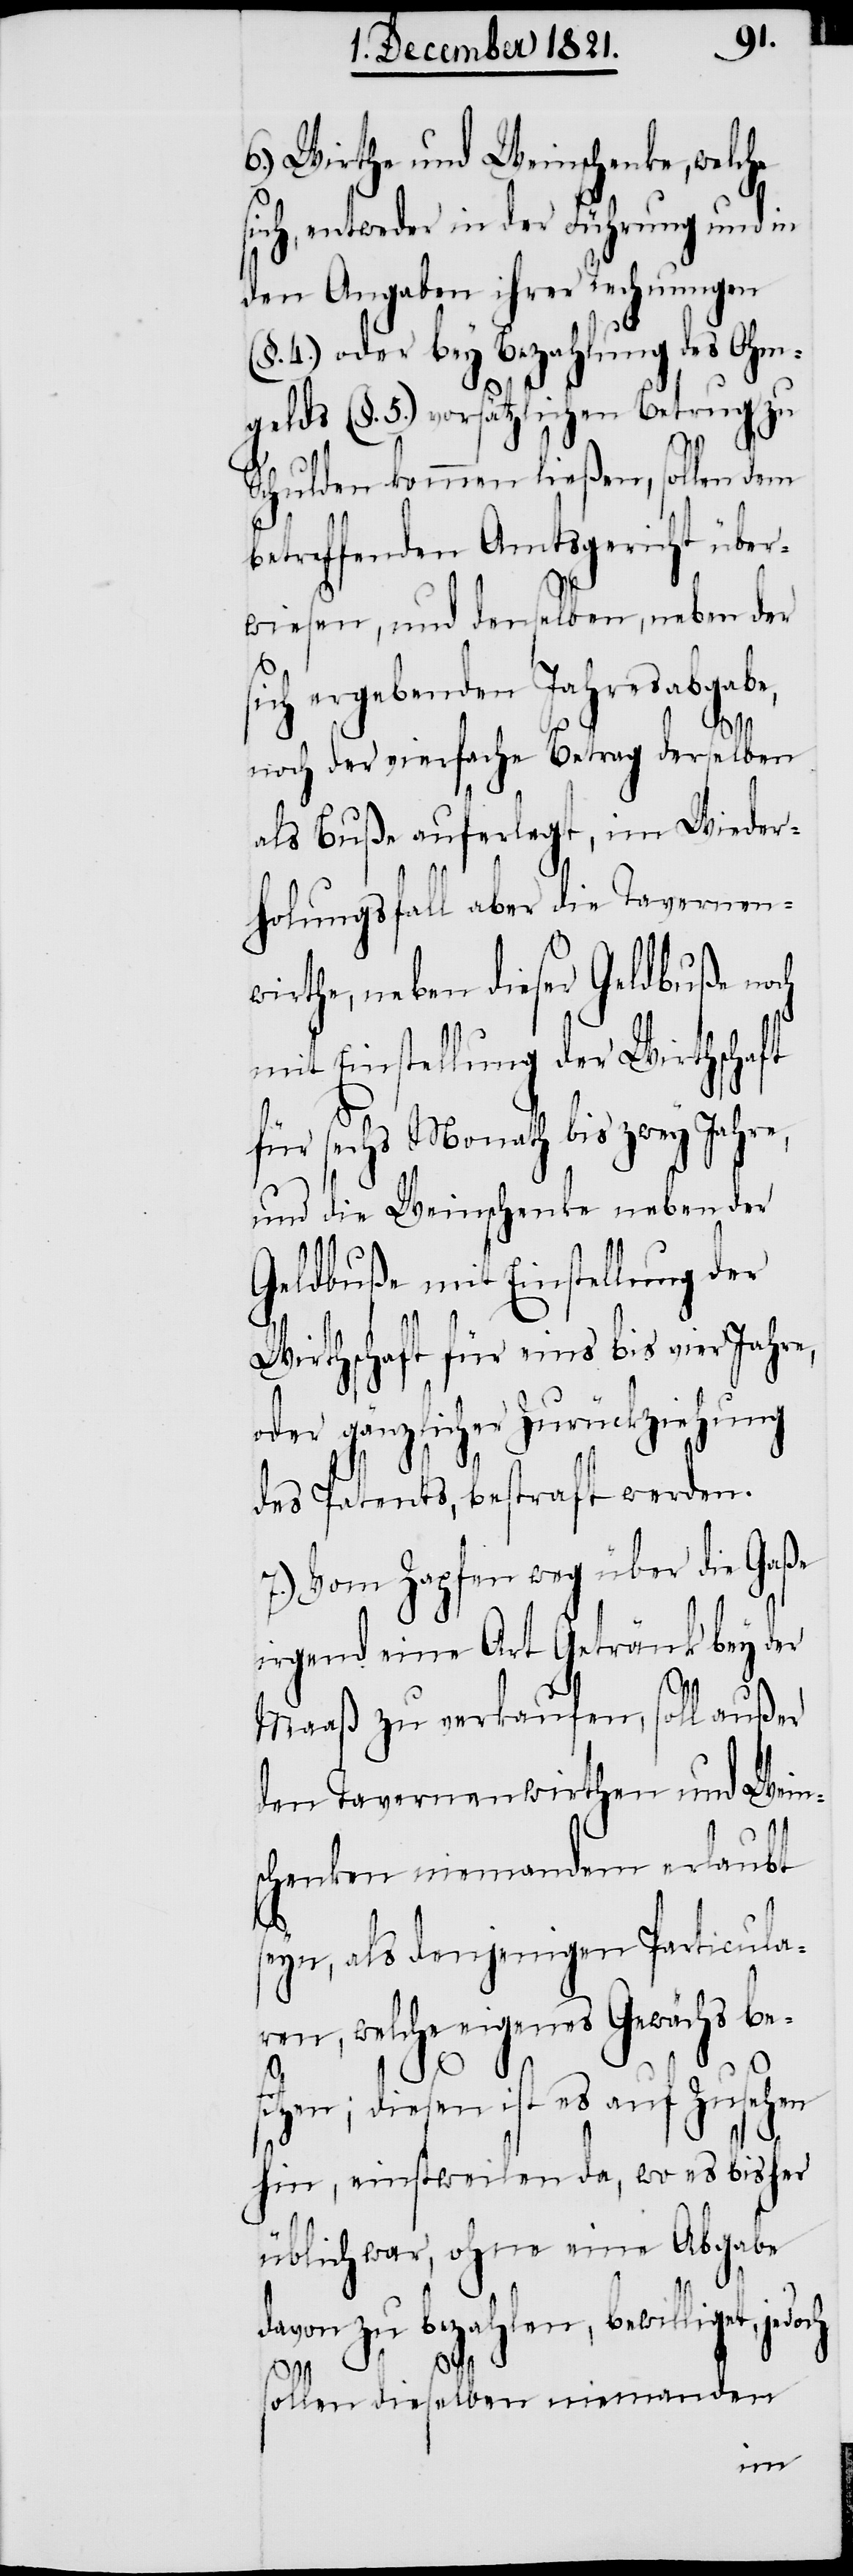
6.) Wirthe und Weinschenke, welche
sich, entweder in der Führung und in
den Angaben ihrer Rechnungen
(§. 4) oder bey Bezahlung des Ohm¬
gelds (§. 5) vorsätzlichen Betrug zu
Schulden kommen ließen, sollen dem
betreffenden Amtsgericht über¬
wiesen, und denselben, neben der
sich ergebenden Jahresabgabe,
noch der vierfache Betrag derselben
als Buße auferlegt, im Wieder¬
holungsfall aber die Tavernen¬
wirthe, neben dieser Geldbuße no¬
mit Einstellung der Wirthschaft
für sechs Monathe bis zwey Jahre,
und die Weinschenke neben der
Geldbuße mit Einstellung der
Wirthschaft für eins bis vier Jahr¬
oder gänzlicher Zurückziehung
des Patents, bestraft werden.
7.) Vom Zapfen weg über die Gaße
irgend eine Art Getränk bey der
Maaß zu verkaufen, soll außer
den Tavernenwirthen und Weins¬
chenken niemandem erlaubt
seyn, als denjenigen Particula¬
ren, welche eigenes Gewächs bes¬
ch
itzen; diesen ist es auf Zusehen
hin, einstweilen da, wo es bisher
üblich war, ohne eine Abgabe
davon zu bezahlen, bewilligt,
sollen dieselben niemanden
e,